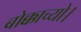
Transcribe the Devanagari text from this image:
बोक्काच्यो।